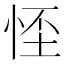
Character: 𢚬